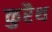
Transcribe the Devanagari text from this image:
कुरैथ